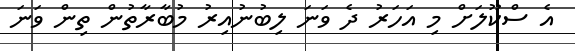
އެ ސްކޫލަށް މި އަހަރު ދެ ވަނަ ލިބުނުއިރު މުބާރާތުން ތިން ވަނަ